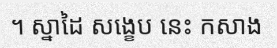
។ ស្នាដៃ សង្ខេប នេះ កសាង